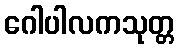
ဂေါပါလကသုတ္တ